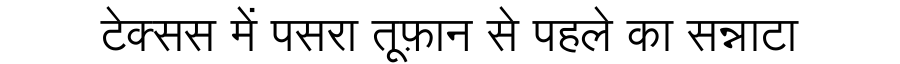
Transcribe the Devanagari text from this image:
टेक्सस में पसरा तूफ़ान से पहले का सन्नाटा